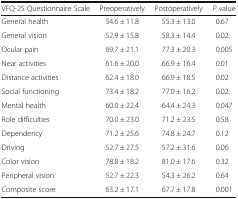
| VFQ-25 Questionnaire Scale | Preoperatively | Postoperatively | P value |
 | --- | --- | --- | --- |
 | General health | 54.6 ± 11.8 | 55.3 ± 13.0 | 0.67 |
 | General vision | 52.9 ± 15.8 | 58.3 ± 14.4 | 0.02 |
 | Ocular pain | 69.7 ± 21.1 | 77.3 ± 20.3 | 0.005 |
 | Near activities | 61.6 ± 20.0 | 66.9 ± 16.4 | 0.01 |
 | Distance activities | 62.4 ± 18.0 | 66.9 ± 18.5 | 0.02 |
 | Social functioning | 73.4 ± 18.2 | 77.0 ± 16.2 | 0.02 |
 | Mental health | 60.0 ± 22.4 | 64.4 ± 24.3 | 0.047 |
 | Role difficulties | 70.0 ± 23.0 | 71.2 ± 23.5 | 0.58 |
 | Dependency | 71.2 ± 25.6 | 74.8 ± 24.7 | 0.12 |
 | Driving | 52.7 ± 27.5 | 57.2 ± 31.6 | 0.06 |
 | Color vision | 78.8 ± 18.2 | 81.0 ± 17.6 | 0.32 |
 | Peripheral vision | 52.7 ± 22.3 | 54.3 ± 26.2 | 0.64 |
 | Composite score | 63.2 ± 17.1 | 67.7 ± 17.8 | 0.001 |